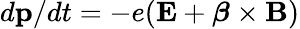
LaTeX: d{\mathbf p}/dt=-e(\mathbf{E}+\boldsymbol{\beta}\times\mathbf{B})